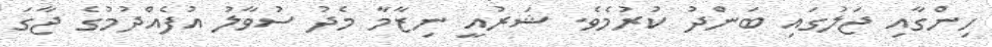
ހިންގާއި ޖަލުގައި ބަންދު ކުރުމެވެ. ޝަރުއީ ނިޒާމާ މެދު ސުވާލު އުފެއްދުމުގެ ޖާގަ